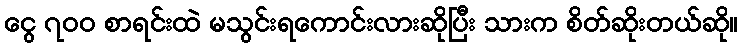
ငွေ ၇၀၀ စာရင်းထဲ မသွင်းရကောင်းလားဆိုပြီး သားက စိတ်ဆိုးတယ်ဆို။